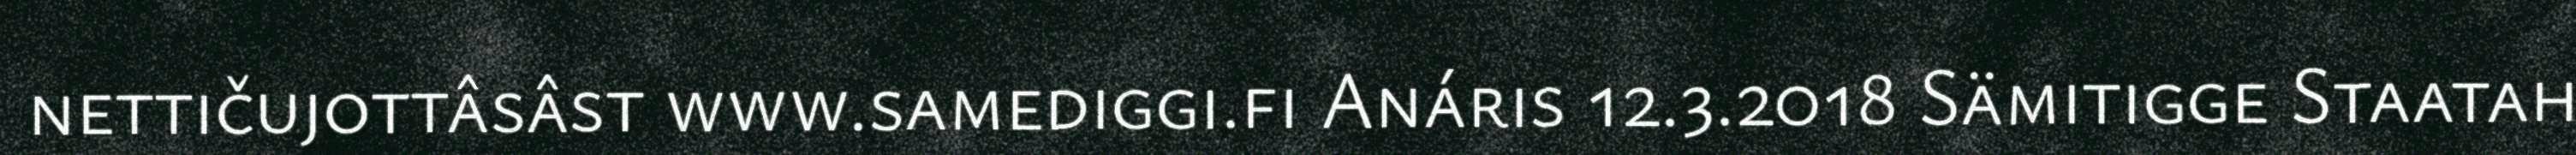
nettičujottâsâst www.samediggi.fi Anáris 12.3.2018 Sämitigge Staatah